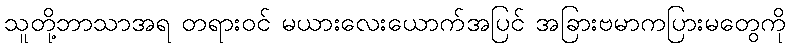
သူတို့ဘာသာအရ တရားဝင် မယားလေးယောက်အပြင် အခြားဗမာကပြားမတွေကို